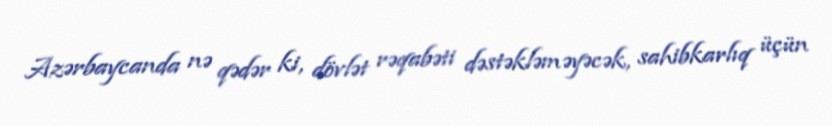
Azərbaycanda nə qədər ki, dövlət rəqabəti dəstəkləməyəcək, sahibkarlıq üçün